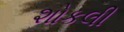
શોકલી